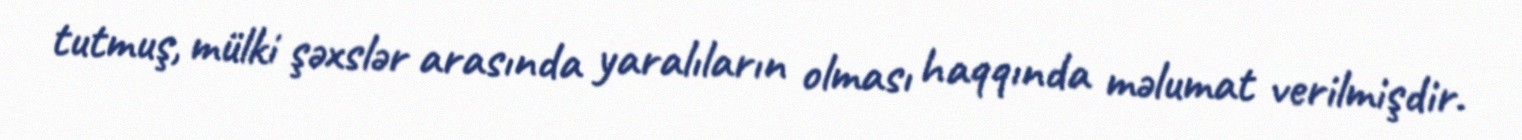
tutmuş, mülki şəxslər arasında yaralıların olması haqqında məlumat verilmişdir.